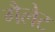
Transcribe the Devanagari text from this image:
गैलेट